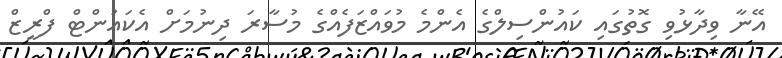
އޭނާ ވިދާޅުވި ގޮތުގައި ކައުންސިލްގެ އެންމެ މުވައްޒަފެއްގެ މުސާރަ ދިނުމަށް އެކައުންޓް ފްރީޒް